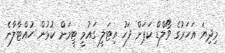
މިިދިޔަ އަހަރުގެ ވޯލްޑް ކަޕަށް ފަހު އިޓަލީ ގައުމީ ޓީމަށް ކުޅުން ހުއްޓާލާނެ